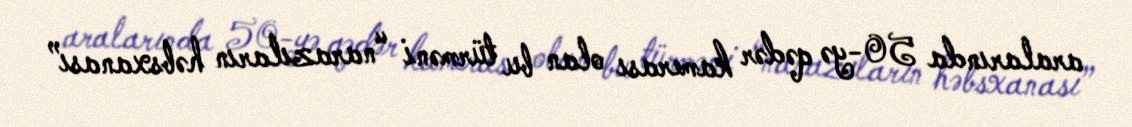
aralarında 50-yə qədər kamerası olan bu türməni “narazıların həbsxanası”